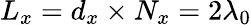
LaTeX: L_{x}=d_{x}\times N_{x}=2\lambda_{0}